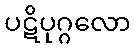
ပဋိပုဂ္ဂလော